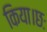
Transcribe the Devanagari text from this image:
किया।छः